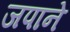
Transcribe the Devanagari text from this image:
जपाने